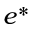
e ^ { * }